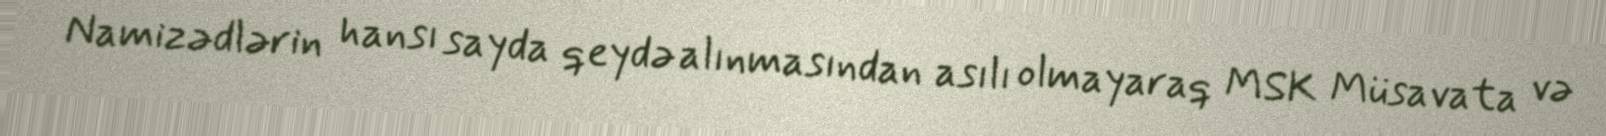
Namizədlərin hansı sayda qeydə alınmasından asılı olmayaraq MSK Müsavata və